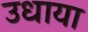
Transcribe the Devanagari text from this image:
उधाया